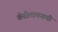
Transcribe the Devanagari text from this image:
कॅरोलायनाची